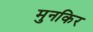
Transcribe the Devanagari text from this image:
मुनकिर